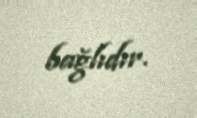
bağlıdır.